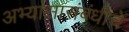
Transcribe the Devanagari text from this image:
अभ्यासासंबंधीचे